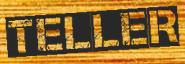
TELLER